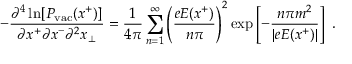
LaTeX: - { \frac { \partial ^ { 4 } \ln [ P _ { \mathrm { v a c } } ( x ^ { + } ) ] } { \partial x ^ { + } \partial x ^ { - } \partial ^ { 2 } x _ { \bot } } } = { \frac { 1 } { 4 \pi } } \sum _ { n = 1 } ^ { \infty } \left( { \frac { e E ( x ^ { + } ) } { n \pi } } \right) ^ { 2 } \exp \left[ - { \frac { n \pi m ^ { 2 } } { \vert e E ( x ^ { + } ) \vert } } \right] \; .